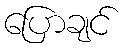
ပြောချင်